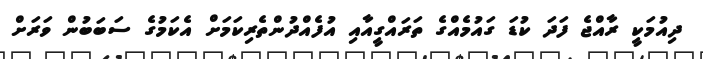
ދިއުމަކީ ރާއްޖެ ފަދަ ކުޑަ ގައުމެއްގެ ތަރައްގީއާއި އުފެއްދުންތެރިކަމަށް އެކަމުގެ ސަބަބުން ވަރަށް